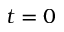
t = 0